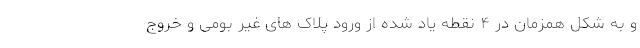
و به شکل همزمان در ۴ نقطه یاد شده از ورود پلاک های غیر بومی و خروج